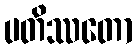
ပတိဿတော